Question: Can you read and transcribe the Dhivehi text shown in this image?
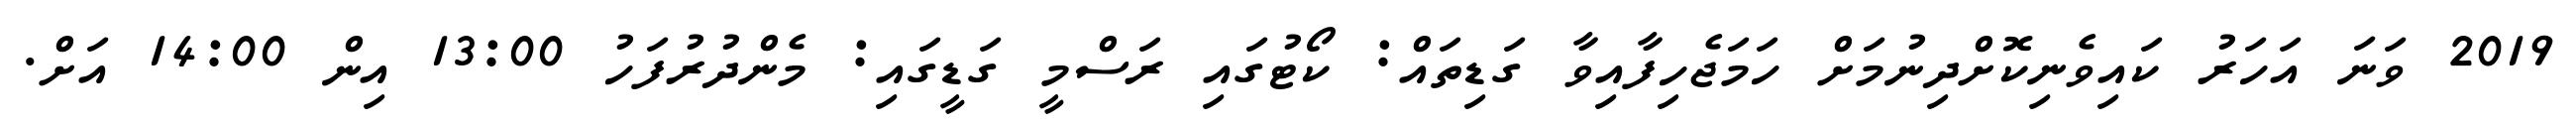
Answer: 2019 ވަނަ އަހަރު ކައިވެނިކޮށްދިނުމަށް ހަމަޖެހިފާއިވާ ގަޑިތައް: ކޯޓުގައި ރަސްމީ ގަޑީގައި: މެންދުރުފަހު 13:00 އިން 14:00 އަށް.